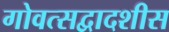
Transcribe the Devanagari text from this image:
गोवत्सद्वादशीस